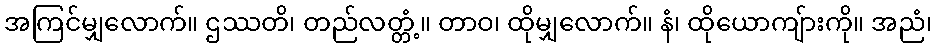
အကြင်မျှလောက်။ ဌဿတိ၊ တည်လတ္တံ့။ တာဝ၊ ထိုမျှလောက်။ နံ၊ ထိုယောကျ်ားကို။ အညံ၊